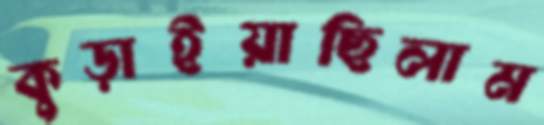
কুড়াইয়াছিলাম